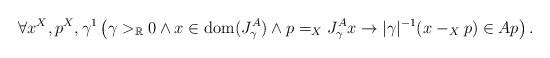
LaTeX: \begin{align*}\forall x^X,p^X,\gamma^1\left(\gamma>_\mathbb{R}0\land x\in\mathrm{dom}(J^A_\gamma)\land p=_XJ^A_\gamma x\rightarrow \vert\gamma\vert^{-1}(x-_Xp)\in Ap\right).\end{align*}